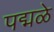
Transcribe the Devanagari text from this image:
पद्मळे